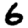
Digit: 6